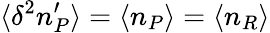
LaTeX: \langle\delta^{2}n_{P}^{\prime}\rangle=\langle n_{P}\rangle=\langle n_{R}\rangle